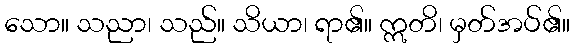
သော။ သညာ၊ သည်။ သိယာ၊ ရာ၏။ ဣတိ၊ မှတ်အပ်၏။